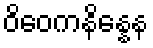
ဝိဝေကနိန္နေန